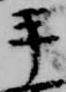
手